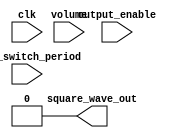
`timescale 1ns/1ns
module tone_generator (
    input clk,
    input output_enable,
    input [23:0] tone_switch_period,
    input volume,
    output square_wave_out
);
    // TODO(you): Your code here. Remove the following lines once you add your implementation.
    assign square_wave_out = 1'b0;
endmodule